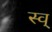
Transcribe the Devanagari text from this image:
स्व्